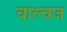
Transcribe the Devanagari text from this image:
वाल्वज